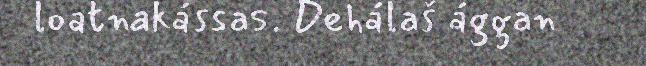
loatnakássas. Dehálaš ággan